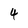
Character: 4